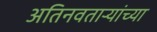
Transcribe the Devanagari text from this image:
अतिनवताऱ्यांच्या